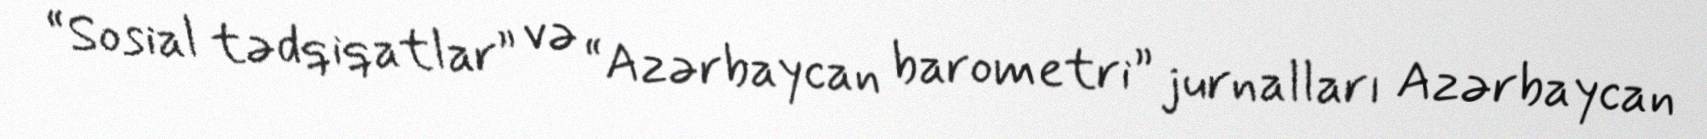
“Sosial tədqiqatlar” və “Azərbaycan barometri” jurnalları Azərbaycan